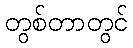
တွစ်တာတွင်